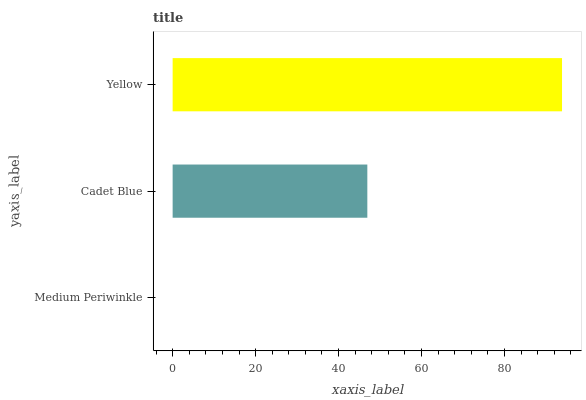
| yaxis_label | bars |
 | --- | --- |
 | Medium Periwinkle | 0 |
 | Cadet Blue | 46.9 |
 | Yellow | 93.9 |